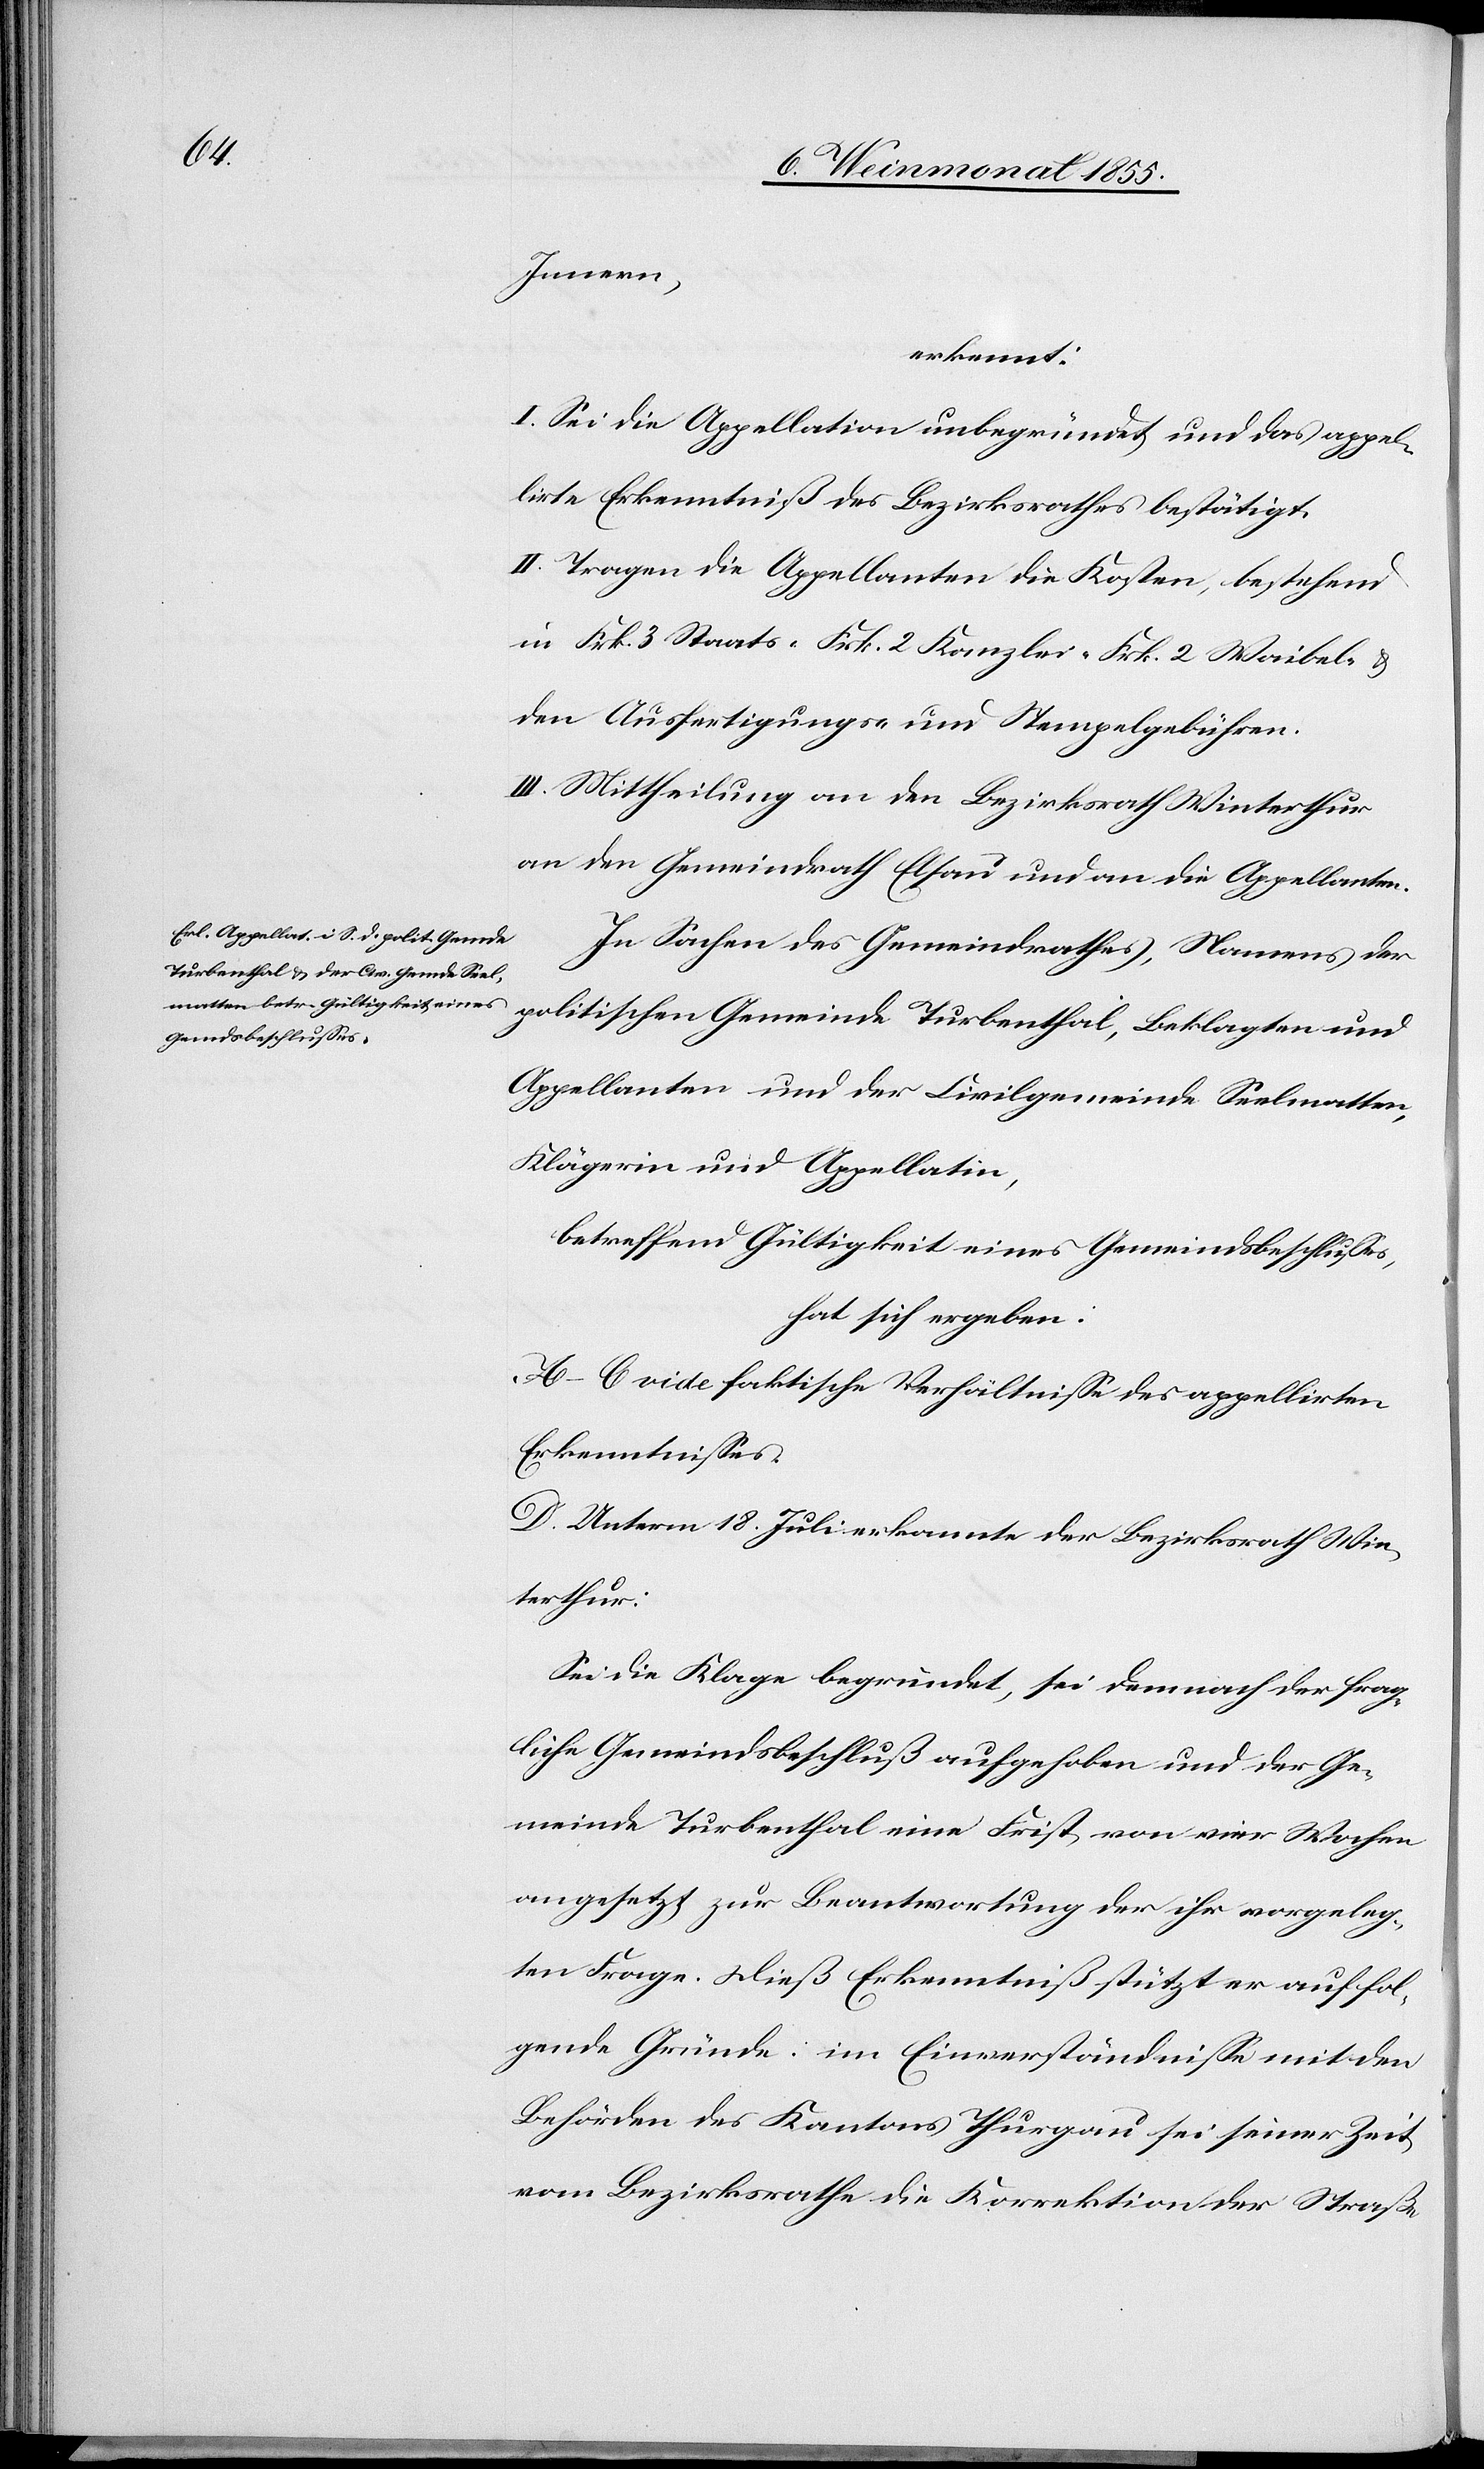
Innern,
erkennt:
I. Sei die Appellation unbegründet und das appel¬
lirte Erkenntniß des Bezirksrathes bestätigt.
II. Tragen die Appellanten die Kosten, bestehend
in Frk. 3 Staats-[,] Frk. 2 Kanzlei-[,] Frk. 2 Waibel- &
den Ausfertigungs- und Stempelgebühren.
III. Mittheilung an den Bezirksrath Winterthur[,]
an den Gemeindrath Elsau und an die Appellanten.
In Sachen des Gemeindrathes, Namens der
politischen Gemeinde Turbenthal, Beklagten und
Appellanten und der Civilgemeinde Seelmatten,
Klägerin und Appellatin,
betreffend Gültigkeit eines Gemeindsbeschlusses,
hat sich ergeben:
A–C vide faktische Verhältnisse des appellirten
Erkenntnisses.
D. Unterm 18. Juli erkannte der Bezirksrath Win¬
terthur:
Sei die Klage begründet, sei demnach der frag¬
liche Gemeindsbeschluß aufgehoben und der Ge¬
meinde Turbenthal eine Frist von vier Wochen
angesetzt zur Beantwortung der ihr vorgeleg¬
ten Frage. Dieß Erkenntniß stützt er auf fol¬
gende Gründe: im Einverständnisse mit den
Behörden des Kantons Thurgau sei seiner Zeit
vom Bezirksrathe die Korrektion der Straße